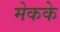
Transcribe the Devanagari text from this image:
मेकके